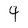
Character: 4